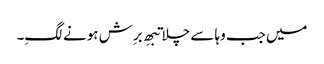
میں جب وہا سے چلا تبھِ برِش ہونے لگِ۔